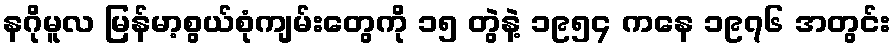
နဂိုမူလ မြန်မာ့စွယ်စုံကျမ်းတွေကို ၁၅ တွဲနဲ့ ၁၉၅၄ ကနေ ၁၉၇၆ အတွင်း